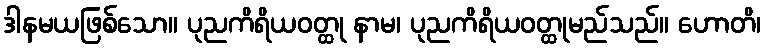
ဒါနမယဖြစ်သော။ ပုညကိရိယဝတ္ထု နာမ၊ ပုညကိရိယဝတ္ထုမည်သည်။ ဟောတိ၊